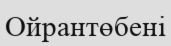
Ойрантөбені